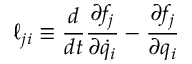
\ell _ { j i } \equiv \frac { d } { d t } \frac { \partial f _ { j } } { \partial \dot { q } _ { i } } - \frac { \partial f _ { j } } { \partial q _ { i } }